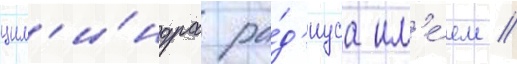
цил'и́ндра ра́д'иуса им'е́ем //